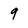
Character: 9